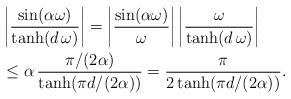
LaTeX: \begin{align*}& \left|\frac{\sin (\alpha \omega) }{\tanh(d\, \omega)}\right|=\left|\frac{\sin (\alpha \omega) }{\omega}\right|\left|\frac{\omega}{\tanh(d\, \omega)}\right| \\& \leq \alpha\, \frac{\pi/(2 \alpha)}{\tanh(\pi d/(2 \alpha))}= \frac{\pi}{2 \tanh(\pi d/(2 \alpha))}. \end{align*}